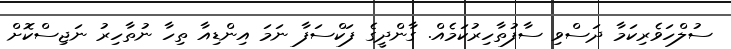
ސުލްހަވެރިކަމާ ދަސްވި ސާފުތާހިރުކަމެއް. ގާންދީގެ ފަކްސަފާ ނަމަ އިންޑިއާ ތިހާ ނުތާހިރު ނަޖިސްކޮށް